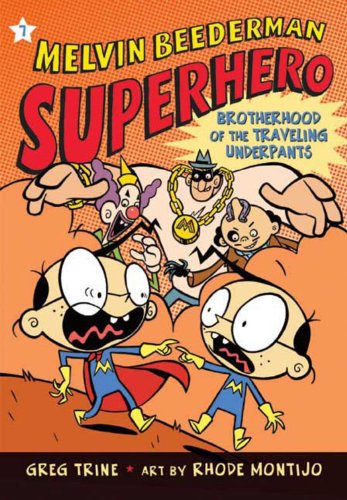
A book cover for The Brotherhood Of The Traveling Underpants (Turtleback School & Library Binding Edition) (Melvin Beederman Superhero (Pb)); Greg Trine; Children's Books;